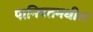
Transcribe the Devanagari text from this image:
पानिपतमधील